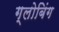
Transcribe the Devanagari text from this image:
ग्लोबिंग